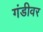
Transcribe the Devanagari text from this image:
गंडीवर